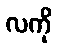
လကို